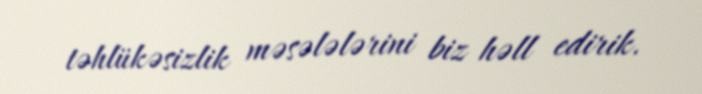
təhlükəsizlik məsələlərini biz həll edirik.